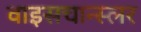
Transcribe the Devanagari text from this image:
वाइसचान्स्लर